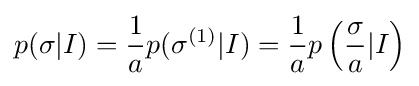
p(\sigma |I)={1 \over a}p(\sigma ^{(1)}|I)={1 \over a}p\left({\sigma  \over a}|I\right)